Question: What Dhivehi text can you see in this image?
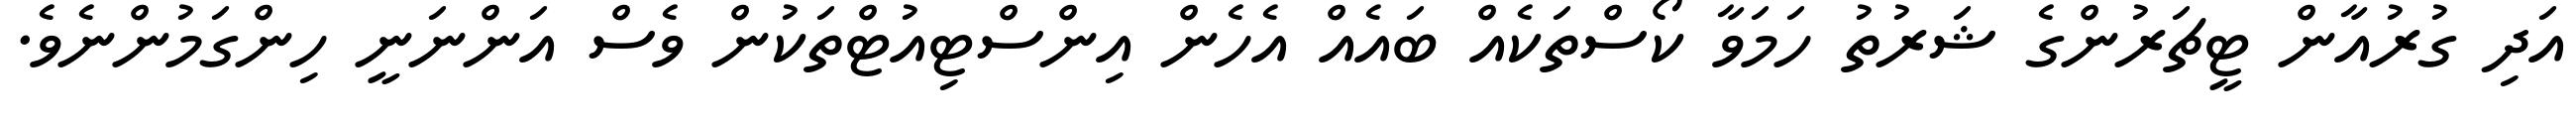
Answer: އަދި ގުރުއާން ޓީޗަރުންގެ ޝަރުތު ހަމަވާ ކޯސްތަކެއް ބައެއް އެހެން އިންސްޓިއުޓްތަކުން ވެސް އަންނަނީ ހިންގަމުންނެވެ.